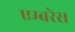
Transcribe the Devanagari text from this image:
एम्बरेस